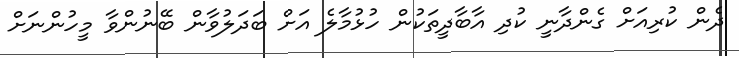
ދެން ކުރިއަށް ގެންދާނީ ކުދި އާބާދީތަކުން ހުޅުމާލެ އަށް ބަދަލުވާން ބޭނުންވާ މީހުންނަށް